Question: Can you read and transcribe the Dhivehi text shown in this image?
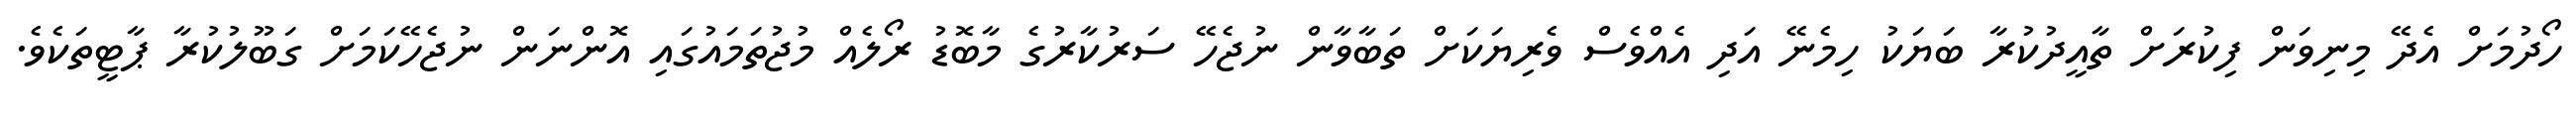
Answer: ހޯދުމަށް އެދޭ މިނިވަން ފިކުރަށް ތާއީދުކުރާ ބަޔަކު ހިމެނޭ އަދި އެއްވެސް ވެރިޔަކަށް ތަބާވާން ނުޖެހޭ ސަރުކާރުގެ މާބޮޑު ރޯލެއް މުޖުތަމައުގައި އޮންނަން ނުޖެހޭކަމަށް ގަބޫލުކުރާ ޕާޓީތަކެވެ.